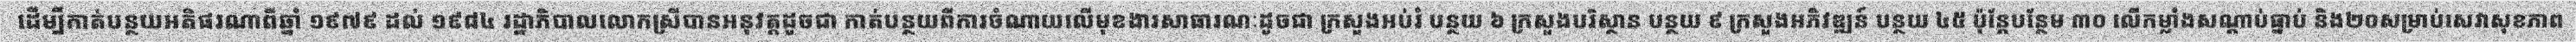
ដើម្បីកាត់បន្ថយអតិផរណាពីឆ្នាំ ១៩៧៩ ដល់ ១៩៨៤ រដ្ឋាភិបាលលោកស្រីបានអនុវត្តដូចជា កាត់បន្ថយពីការចំណាយលើមុខងារសាធារណៈដូចជា ក្រសួងអប់រំ បន្ថយ ៦ ក្រសួងបរិស្ថាន បន្ថយ ៩ ក្រសួងអភិវឌ្ឍន៍ បន្ថយ ៤៥ ប៉ុន្តែបន្ថែម ៣០ លើកម្លាំងសណ្តាប់ធ្នាប់ និង២០សម្រាប់សេវាសុខភាព